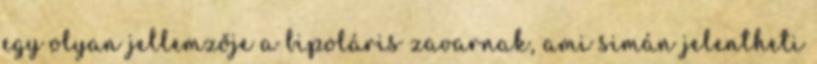
egy olyan jellemzője a bipoláris zavarnak, ami simán jelentheti